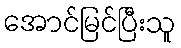
အောင်မြင်ပြီးသူ